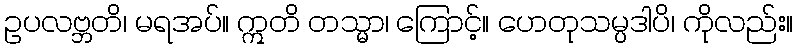
ဥပလဗ္ဘတိ၊ မရအပ်။ ဣတိ တသ္မာ၊ ကြောင့်။ ဟေတုသမ္ပဒါပိ၊ ကိုလည်း။